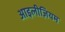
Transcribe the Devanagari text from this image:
आइलीज़ियम